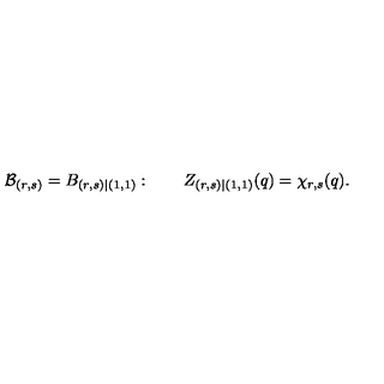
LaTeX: { \cal B } _ { ( r , s ) } = B _ { ( r , s ) | ( 1 , 1 ) } : \qquad Z _ { ( r , s ) | ( 1 , 1 ) } ( q ) = \chi _ { r , s } ( q ) .